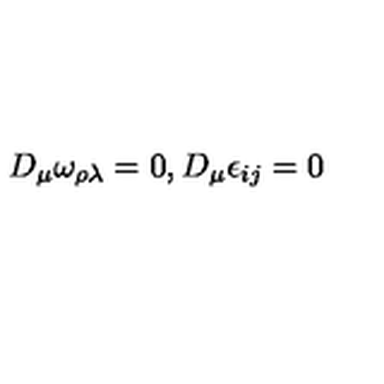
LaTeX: D _ { \mu } \omega _ { \rho \lambda } = 0 , D _ { \mu } \epsilon _ { i j } = 0